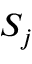
S _ { j }